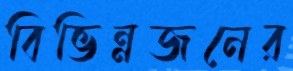
বিভিন্নজনের